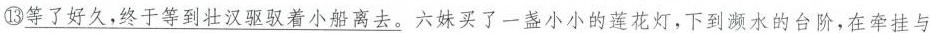
⑬等了好久，终于等到壮汉驱驭着小船离去。六妹买了一盏小小的莲花灯，下到濒水的台阶，在牵挂与